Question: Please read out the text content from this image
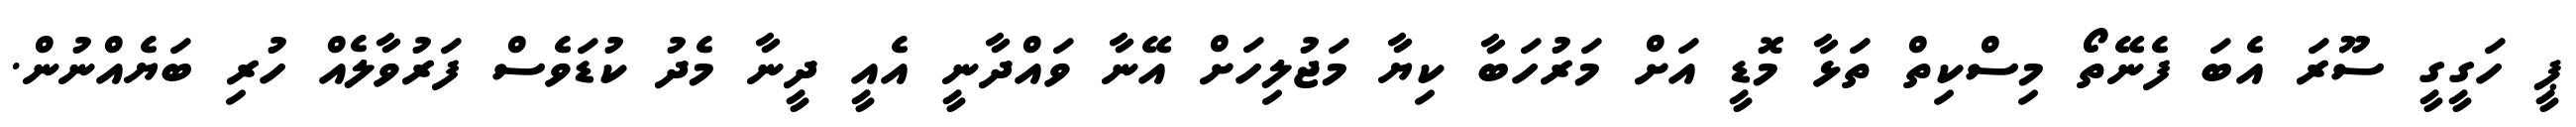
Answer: ޕީ ހަގީގީ ސޫރަ އެބަ ފެނޭތޯ މިސްކިތް ތަޅާ މޮޑީ އަށް މަރުހަބާ ކިޔާ މަޖުލިހަށް އޭނާ ވައްދާނީ އެއީ ދީނާ މެދު ކުޑަވެސް ފަރުވާލެއް ހުރި ބަޔެއްނުން.